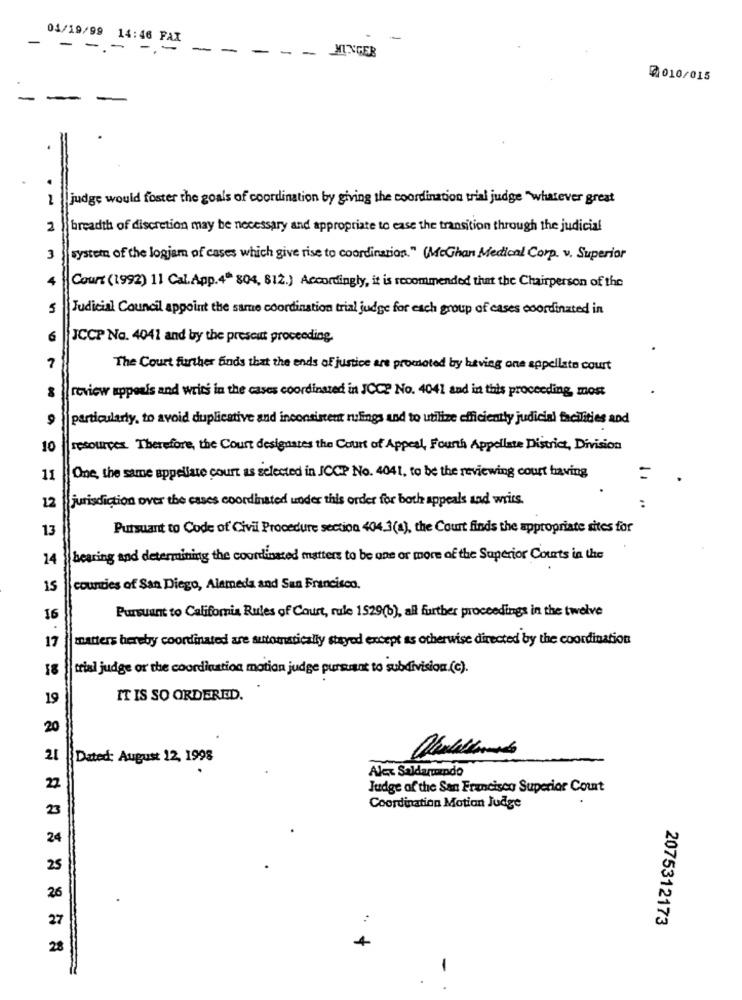
-
04/19/99 14:46 FAX
-
--
--
-
-
-
-
MUNGER
0010/015
judge would foster the goals of coordination by giving the coordination trial judge "whatever great
2
breadth of discretion may be necessary and appropriate to ease the transition through the judicial
3
system of the logjam of cases which give rise to coordination." (McGhan Medical Corp. v. Superior
Court (1992) 11 Cal.App.4 804, 812.) Accordingly, it is recommended that the Chairperson of the
5
Judicial Council appoint the same coordination trial judge for each group of cases coordinated in
6
JCCP No. 4041 and by the present proceeding.
7
The Court further finds that the ends of justice are promoted by having one appellate court
review appeals and writs in the cases coordinated in JCC? No. 4041 and in this proceeding, most
particularly, to avoid duplicative and inconsistent rulings and to utilize efficiently judicial facilities and
10
resources. Therefore, the Court designates the Court of Appeal, Fourth Appellate District, Division
One, the same appellate court as selected in ICCP No. 4041, to be the reviewing court having
11
=
jurisdiction over the cases coordinated under this order for both appeals and writs.
12
:
13
Pursuant to Code of Civil Procedure section 404.3(4), the Court finds the appropriate sites for
14
bearing and determining the coordinated matters to be one or more of the Superior Courts in the
15
counties of San Diego, Alameda and San Francisco.
Pursuant to California Rules of Court, rule 1529(6), all further proceedings in the twelve
16
17
matters hereby coordinated are automatically stayed except as otherwise directed by the coordination
18
trial judge or the coordination motion judge pursuant to subdivision (c).
19
IT IS SO ORDERED.
20
21
Dated: August 12, 1998
Alex Saldaquando
2
Judge of the San Francisco Superior Court
23
Coordination Motion Judge
24
25
26
27
2075312173
28
4
-